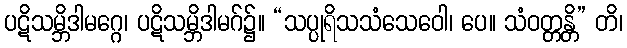
ပဋိသမ္ဘိဒါမဂ္ဂေ၊ ပဋိသမ္ဘိဒါမဂ်၌။ “သပ္ပုရိသသံသေဝေါ၊ ပေ။ သံဝတ္တန္တိ” တိ၊